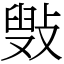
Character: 㪢